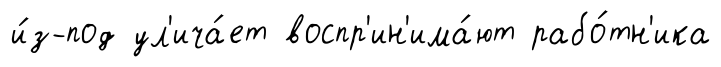
и́з-под ул'ича́ет воспр'ин'има́ют рабо́тн'ика